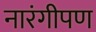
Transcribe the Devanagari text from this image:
नारंगीपण